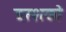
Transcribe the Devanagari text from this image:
दरशको